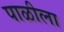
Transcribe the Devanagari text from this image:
पाळीला